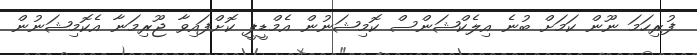
ފުރިހަމަ ނޫން ކަމަށް ބުނެ އިލެކްޝަންސް ކޮމިޝަނުން އެމްޑީޕީ ކޮށްފައިވާ ޖޫރިމަނާ އެކޮމިޝަނުން